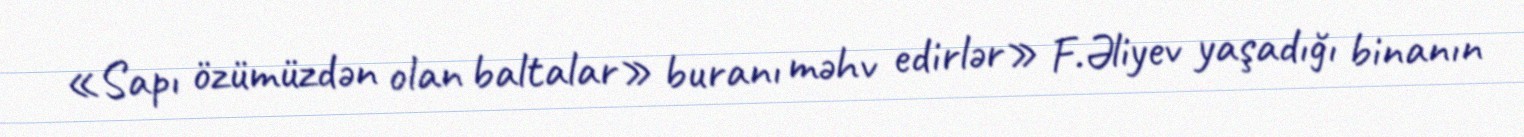
«Sapı özümüzdən olan baltalar» buranı məhv edirlər» F.Əliyev yaşadığı binanın